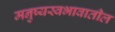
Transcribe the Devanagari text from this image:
मनुष्यस्वभावातील